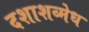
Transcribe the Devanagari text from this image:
दशाशव्मेध